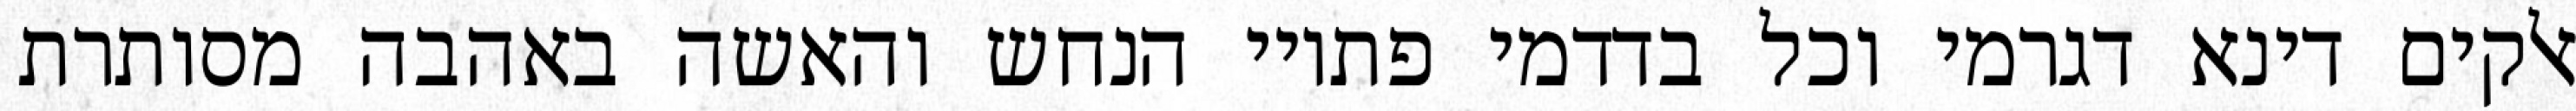
אלקים דינא דגרמי וכל בדדמי פתויי הנחש והאשה באהבה מסותרת